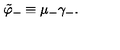
\tilde { \varphi } _ { - } \equiv \mu _ { - } \gamma _ { - } .